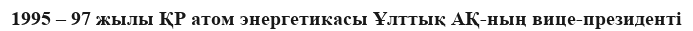
1995 – 97 жылы ҚР атом энергетикасы Ұлттық АҚ-ның вице-президенті